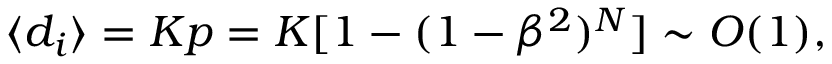
\langle d _ { i } \rangle = K p = K [ 1 - ( 1 - \beta ^ { 2 } ) ^ { N } ] \sim O ( 1 ) ,